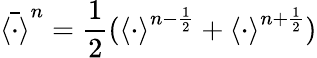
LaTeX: \bar{\left<\cdot\right>}^{n}=\frac{1}{2}(\left<\cdot\right>^{n-\frac{1}{2}}+\left<\cdot\right>^{n+\frac{1}{2}})